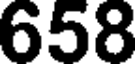
658